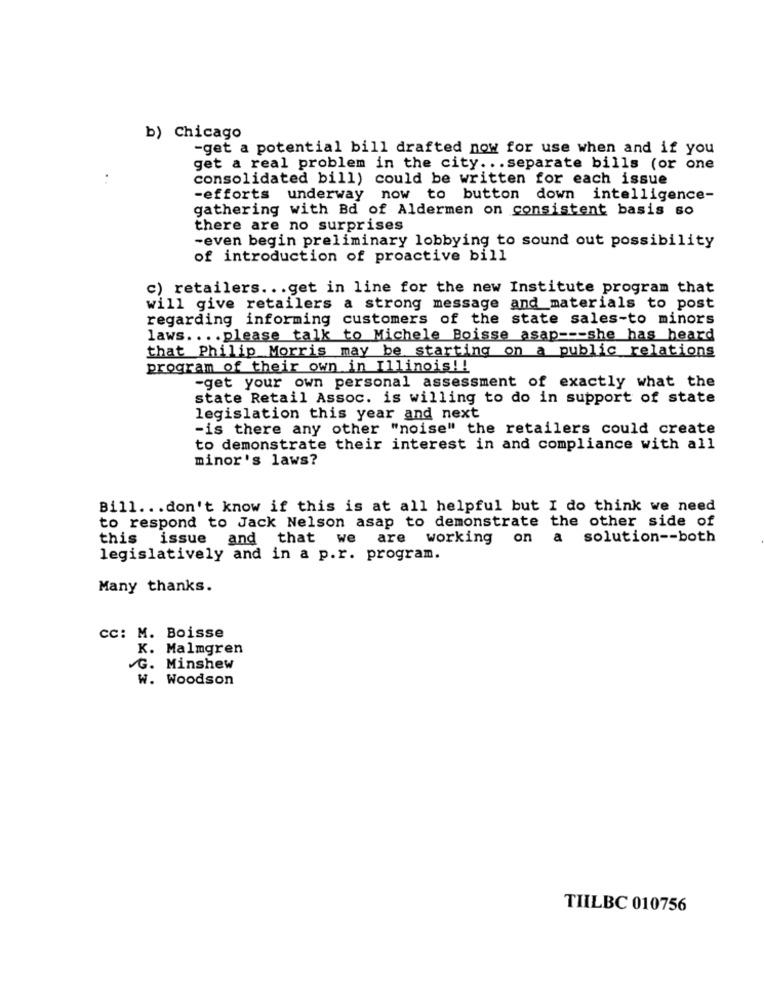
b) Chicago
-get a potential bill drafted now for use when and if you
get a real problem in the city ... separate bills (or one
consolidated bill) could be written for each issue
-efforts underway now to button down intelligence-
gathering with Bd of Aldermen on consistent basis so
there are no surprises
-even begin preliminary lobbying to sound out possibility
of introduction of proactive bill
c) retailers ... get in line for the new Institute program that
will give retailers a strong message and materials to post
regarding informing customers of the state sales-to minors
laws .... please talk to Michele Boisse asap --- she has heard
that Philip Morris may be starting on a public relations
program of their own in Illinois !!
-get your own personal assessment of exactly what the
state Retail Assoc. is willing to do in support of state
legislation this year and next
-is there any other "noise" the retailers could create
to demonstrate their interest in and compliance with all
minor's laws?
Bill ... don't know if this is at all helpful but I do think we need
to respond to Jack Nelson asap to demonstrate the other side of
this issue and that we
are
working on a solution -- both
legislatively and in a p.r. program.
Many thanks.
cc: M. Boisse
K. Malmgren
G. Minshew
W. Woodson
TIILBC 010756